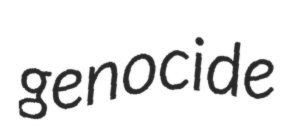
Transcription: genocide